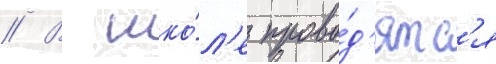
// В шко́л'е прово́д'ятс'я